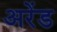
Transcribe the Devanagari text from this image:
अरेंड